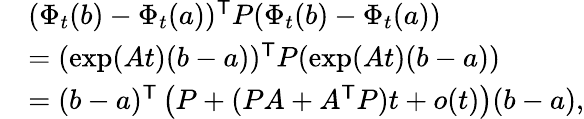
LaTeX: \begin{array}{rl}&{(\Phi_{t}(b)-\Phi_{t}(a))^{\mathsf{T}}P(\Phi_{t}(b)-\Phi_{t}(a))}\\ &{=(\exp(At)(b-a))^{\mathsf{T}}P(\exp(At)(b-a))}\\ &{=(b-a)^{\mathsf{T}}\left(P+(PA+A^{\mathsf{T}}P)t+o(t)\right)(b-a),}\end{array}